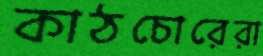
কাঠচোরেরা